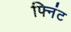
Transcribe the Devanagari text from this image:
फ्निंट